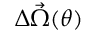
\Delta \vec { \Omega } ( \theta )